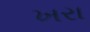
ખરા